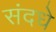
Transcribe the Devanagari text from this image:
संदधे